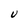
Character: U